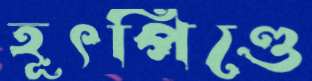
হূৎপিণ্ডে